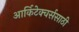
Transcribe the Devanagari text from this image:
आर्किटेक्चर्ससाठी